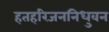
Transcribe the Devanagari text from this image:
हतहरिजननिधुवन